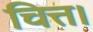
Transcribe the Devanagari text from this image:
चित्त।